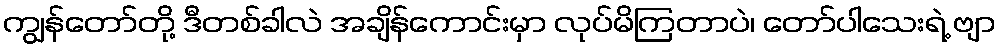
ကျွန်တော်တို့ ဒီတစ်ခါလဲ အချိန်ကောင်းမှာ လုပ်မိကြတာပဲ၊ တော်ပါသေးရဲ့ ဗျာ